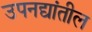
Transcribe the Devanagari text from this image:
उपनद्यांतील